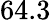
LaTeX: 64.3